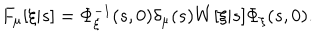
F _ { \mu } [ \xi | s ] = \Phi _ { \xi } ^ { - 1 } ( s , 0 ) \delta _ { \mu } ( s ) W [ \xi | s ] \Phi _ { \xi } ( s , 0 ) .